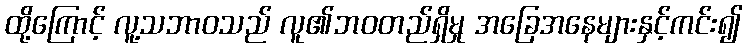
ထို့ကြောင့် လူ့သဘာဝသည် လူ၏ဘဝတည်ရှိမှု အခြေအနေများနှင့်ကင်း၍